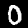
Digit: 0